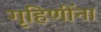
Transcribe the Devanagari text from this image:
गृहिणींना